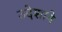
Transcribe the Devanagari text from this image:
उदेशाने